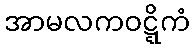
အာမလကဝဋ္ဋိကံ